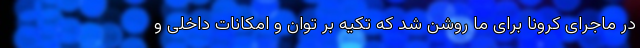
در ماجرای کرونا برای ما روشن شد که تکیه بر توان و امکانات داخلی و